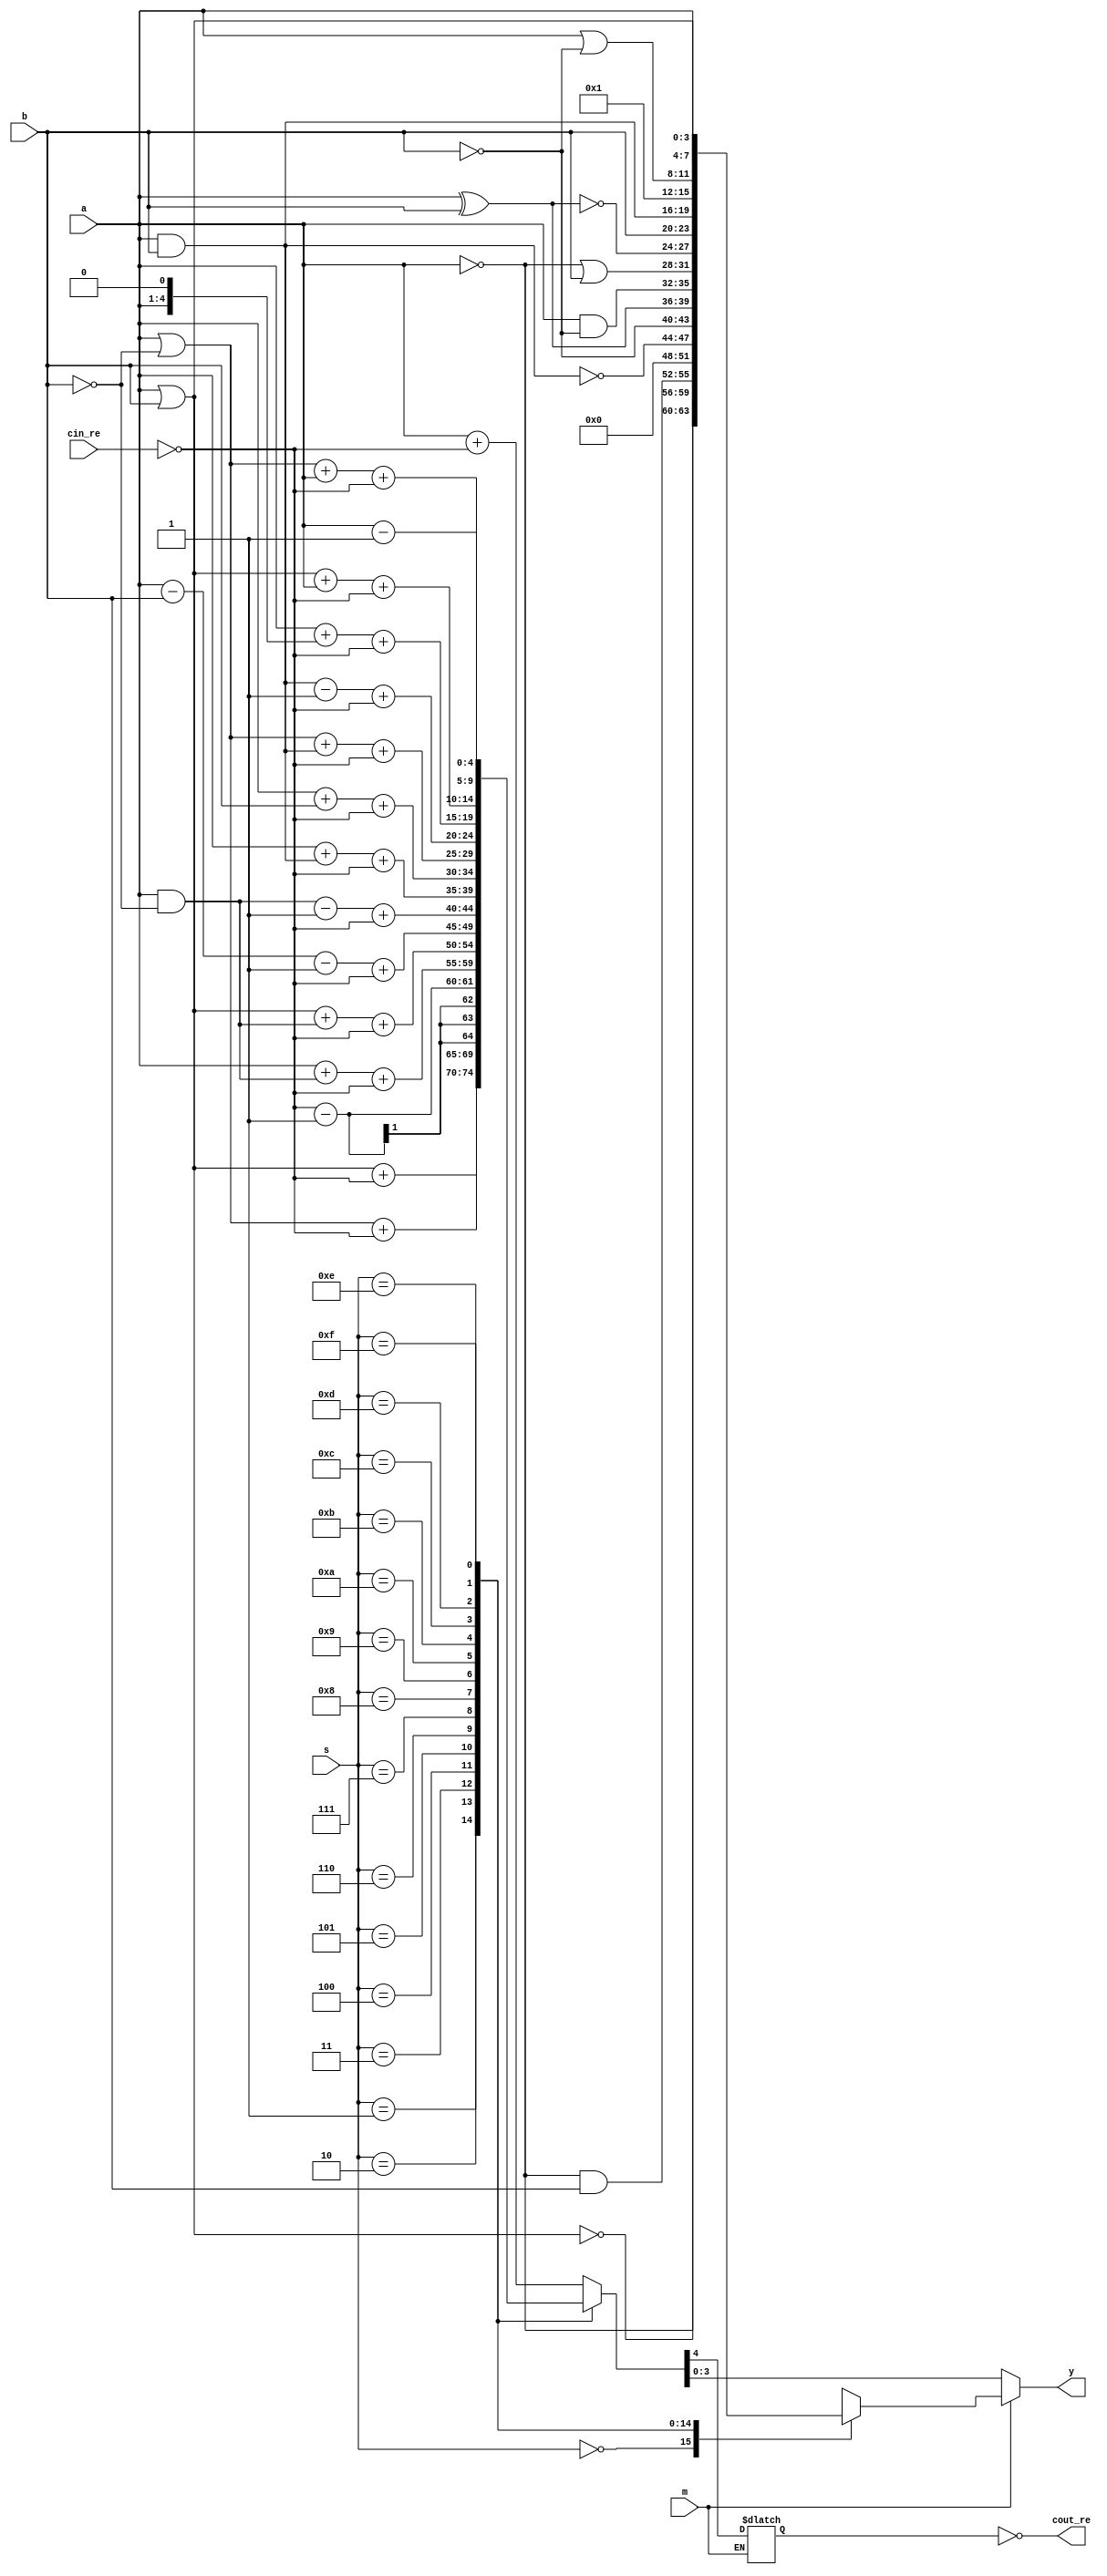
//==================================================================================================
//  Revision      : 
//
//  Description   : A project of my courese, Fundamentals of Digital Logic.
//
//
//==================================================================================================

module alu_4bit(a, b, s, m, cin_re, cout_re, y);//These port names just comes from our textbook.
    input [3:0] a, b,s;
    input m, cin_re;
    output cout_re;
    output [3:0] y;
    reg [3:0] y;
    wire cin;
    reg cout;
    assign cin = ~cin_re;
    assign cout_re = ~cout;
    always @(a or b or s or m or cin_re)
      begin
      if (m == 1) //logical calculation
        begin
          case(s)
            4'h0: y = ~a;
            4'h1: y = ~(a|b);
            4'h2: y = (~a)&b;
            4'h3: y = 4'd0;
            4'h4: y = ~(a&b);
            4'h5: y = ~b;
            4'h6: y = a^b;
            4'h7: y = a&(~b);
            4'h8: y = (~a)|b;
            4'h9: y = ~(a^b);
            4'ha: y = b;
            4'hb: y = a&b;
            4'hc: y = 1;
            4'hd: y = a|(~b);
            4'he: y = a|b;
            4'hf: y = a;
          endcase
        end
      else //arithmetic calculation
        begin
          case(s)
            4'h0: {cout, y} = a + cin;
            4'h1: {cout, y} = (a|b) + cin;
            4'h2: {cout, y} = (a|(~b)) + cin;
            4'h3: {cout, y} = cin - 1;
            4'h4: {cout, y} = a + (a&(~b)) + cin;
            4'h5: {cout, y} = (a|b) + (a&(~b)) + cin;
            4'h6: {cout, y} = a - b - 1 + cin;
            4'h7: {cout, y} = (a&(~b)) - 1 + cin;
            4'h8: {cout, y} = a + (a&b) + cin;
            4'h9: {cout, y} = a + b + cin;
            4'ha: {cout, y} = (a|(~b)) + (a&b) + cin;
            4'hb: {cout, y} = (a&b) - 1 + cin;
            4'hc: {cout, y} = a + (a<<1) + cin;
            4'hd: {cout, y} = (a|b) + a + cin;
            4'he: {cout, y} = (a|(~b)) + a + cin;
            4'hf: {cout, y} = a - 1;
          endcase
        end
    end
    
endmodule